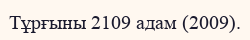
Тұрғыны 2109 адам (2009).